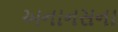
અનાનસના